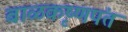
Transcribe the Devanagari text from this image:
बाळकृष्णपंत